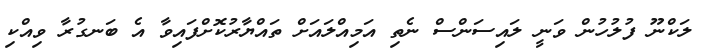
ލަކްނޫ ފުލުހުން ވަނީ ލައިސަންސް ނެތި އަމިއްލައަށް ތައްޔާރުކޮށްފައިވާ އެ ބަނގުރާ ވިއްކި